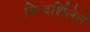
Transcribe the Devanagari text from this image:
दिग्दर्शिलेले